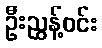
ဦးညွန့်ဝင်း